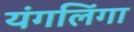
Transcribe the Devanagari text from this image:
यंगलिंगा